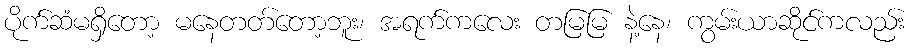
ပိုက်ဆံမရှိတော့ မနေတတ်တော့ဘူး၊ အရက်ကလေး တမြမြ နဲ့နေ၊ ကွမ်းယာဆိုင်ကလည်း